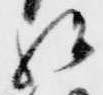
始